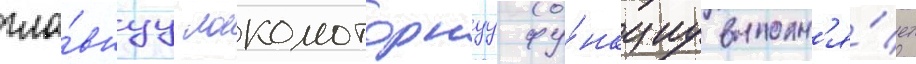
гла́внуу локомоторнуу фу́нкциу выполн'я́ет